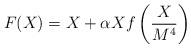
LaTeX: \begin{align*}F(X) = X + \alpha X f \left({X\over M^4}\right)\end{align*}